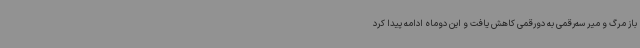
باز مرگ و میر سه‌رقمی به دورقمی کاهش یافت و این دوماه ادامه پیدا کرد